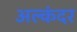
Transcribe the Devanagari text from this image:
अल्कंदर